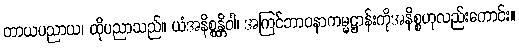
တာယပညာယ၊ ထိုပညာသည်။ ယံအနိစ္စန္တိဝါ၊ အကြင်ဘာဝနာကမ္မဋ္ဌာန်းကိုအနိစ္စဟုလည်းကောင်း။